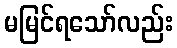
မမြင်ရသော်လည်း